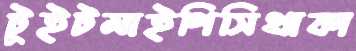
টুইটমাইপিসিথাকা